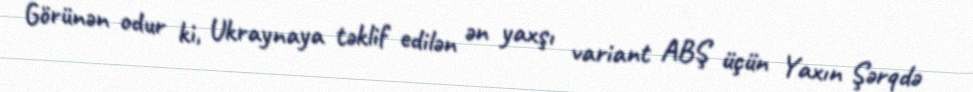
Görünən odur ki, Ukraynaya təklif edilən ən yaxşı variant ABŞ üçün Yaxın Şərqdə